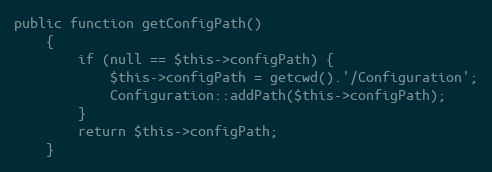
Language: PHP
public function getConfigPath()
    {
        if (null == $this->configPath) {
            $this->configPath = getcwd().'/Configuration';
            Configuration::addPath($this->configPath);
        }
        return $this->configPath;
    }